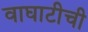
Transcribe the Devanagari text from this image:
वाघाटीची